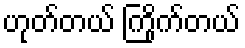
ဟုတ်တယ် ကြိုက်တယ်